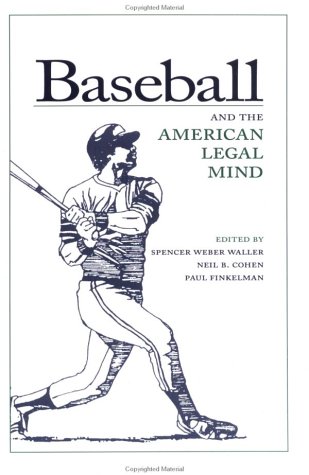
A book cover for Baseball and the American Legal Mind; Law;